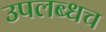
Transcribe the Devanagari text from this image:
उपलब्धच